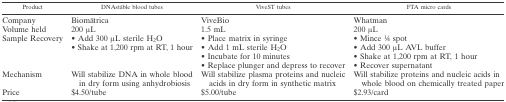
| Product | DNAstāble blood tubes | ViveST tubes | FTA micro cards |
 | --- | --- | --- | --- |
 | Company | Biomātrica | ViveBio | Whatman |
 | Volume held | 200 μL | 1.5 mL | 200 μL |
 | <ROWSPAN=4> Sample Recovery | • Add 300 μL sterile H2O | • Place matrix in syringe | • Mince 1⁄4 spot |
 | <ROWSPAN=3> • Shake at 1,200 rpm at RT, 1 hour | • Add 1 mL sterile H2O | • Add 300 μL AVL buffer |
 | • Incubate for 10 minutes | • Shake at 1,200 rpm at RT, 1 hour |
 | • Replace plunger and depress to recover | • Recover supernatant |
 | Mechanism | Will stabilize DNA in whole blood in dry form using anhydrobiosis | Will stabilize plasma proteins and nucleic acids in dry form in synthetic matrix | Will stabilize proteins and nucleic acids in whole blood on chemically treated paper |
 | Price | $4.50/tube | $5.00/tube | $2.93/card |